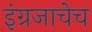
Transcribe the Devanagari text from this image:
इंग्रजाचेच